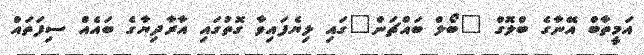
އަމީތާބް އޭނާގެ ބްލޮގް "ބޯލް ބައްޗަން"ގައި ލިޔެފައިވާ ގޮތުގައި އާރާދިޔާގެ ބައެއް ސިފަތައް